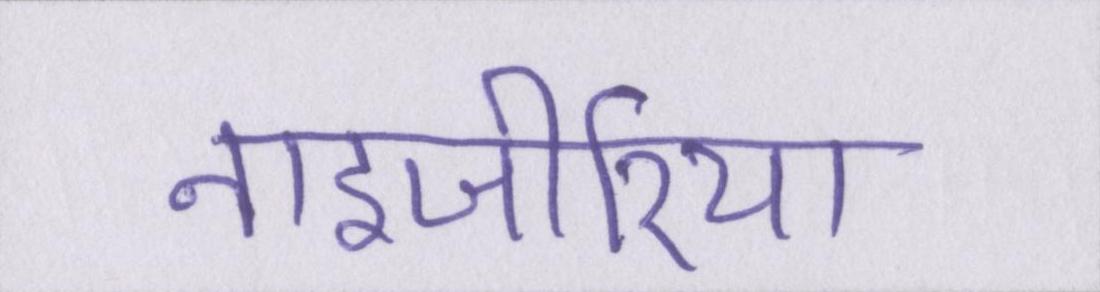
नाइजीरिया